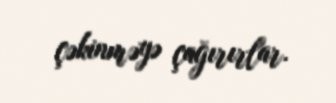
çəkinməyə çağırırlar.